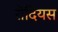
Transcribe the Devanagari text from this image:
रोदियस